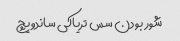
شور بودن سس تریاکی ساندویچ